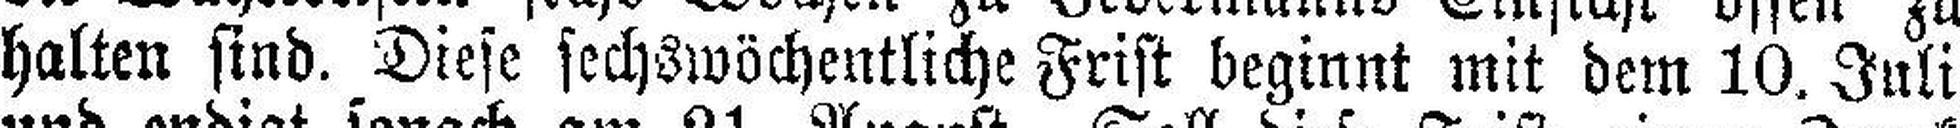
halten sind. Diese sechswöchentliche Frist beginnt mit dem 10. Juli